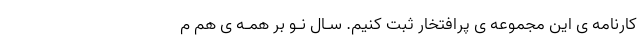
کارنامه ی این مجموعه ی پرافتخار ثبت کنیم. سـال نـو بر همـه ی هم م